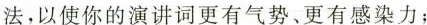
法，以使你的演讲词更有气势、更有感染力；